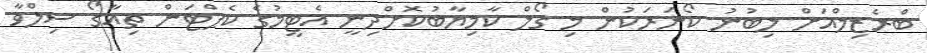
ބްރެޒިލްއަށް ލިބުނު ކޯނަރަކުން މި ގޯލް ކާމިޔާބުކޮށްދިނީ އެޓީމުގެ ކެޕްޓަން ތިއާގޯ ސިލްވާ